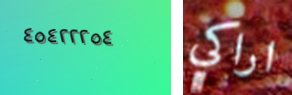
٤٥٤٢٢٢٥٤ اراكي